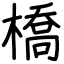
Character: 橋